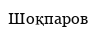
Шоқпаров